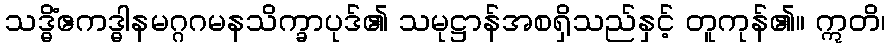
သဒ္ဓိံဧကဒ္ဓါနမဂ္ဂဂမနသိက္ခာပုဒ်၏ သမုဋ္ဌာန်အစရှိသည်နှင့် တူကုန်၏။ ဣတိ၊